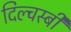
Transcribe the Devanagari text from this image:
दिल्चस्बी